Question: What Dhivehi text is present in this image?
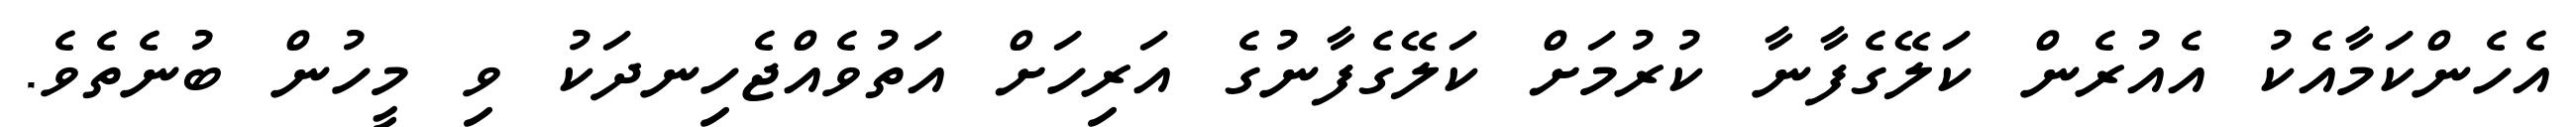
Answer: އެހެންކަމާއެކު އެއުރެން ކަލޭގެފާނާ ކުރުމަށް ކަލޭގެފާނުގެ އަރިހަށް އަތުވެއްޖެހިނދަކު ވި މީހުން ބުނެތެވެ.